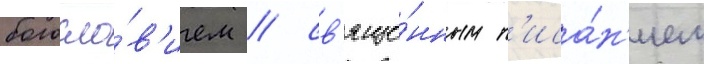
богосло́в'ием / св'яще́нным п'иса́н'ием